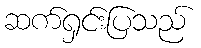
ဆက်ရှင်းပြသည်